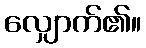
လျှောက်၏။